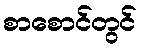
စာစောင်တွင်